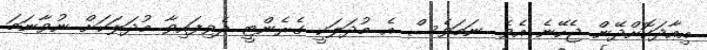
އިއާދަކޮށްދޭން ޖެހޭނެ އެވެ. ނަމަވެސް އެ މުދަލަކީ ގެރެންޓީ ދެވިފައިވާ މުދަލަކަށް ނުވާނަމަ